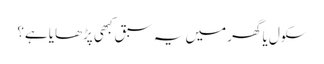
سکول یا گھر میں یہ سبق کبھی پڑھایا ہے؟